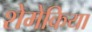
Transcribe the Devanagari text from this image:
शेमेकिया